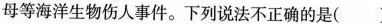
母等海洋生物伤人事件。下列说法不正确的是( )